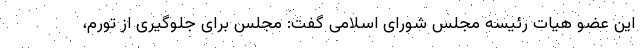
این عضو هیات رئیسه مجلس شورای اسلامی گفت: مجلس برای جلوگیری از تورم،